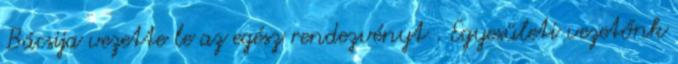
Bácsija vezette le az egész rendezvényt . Egyesületi vezetőnk